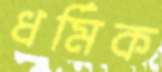
ধর্মিক